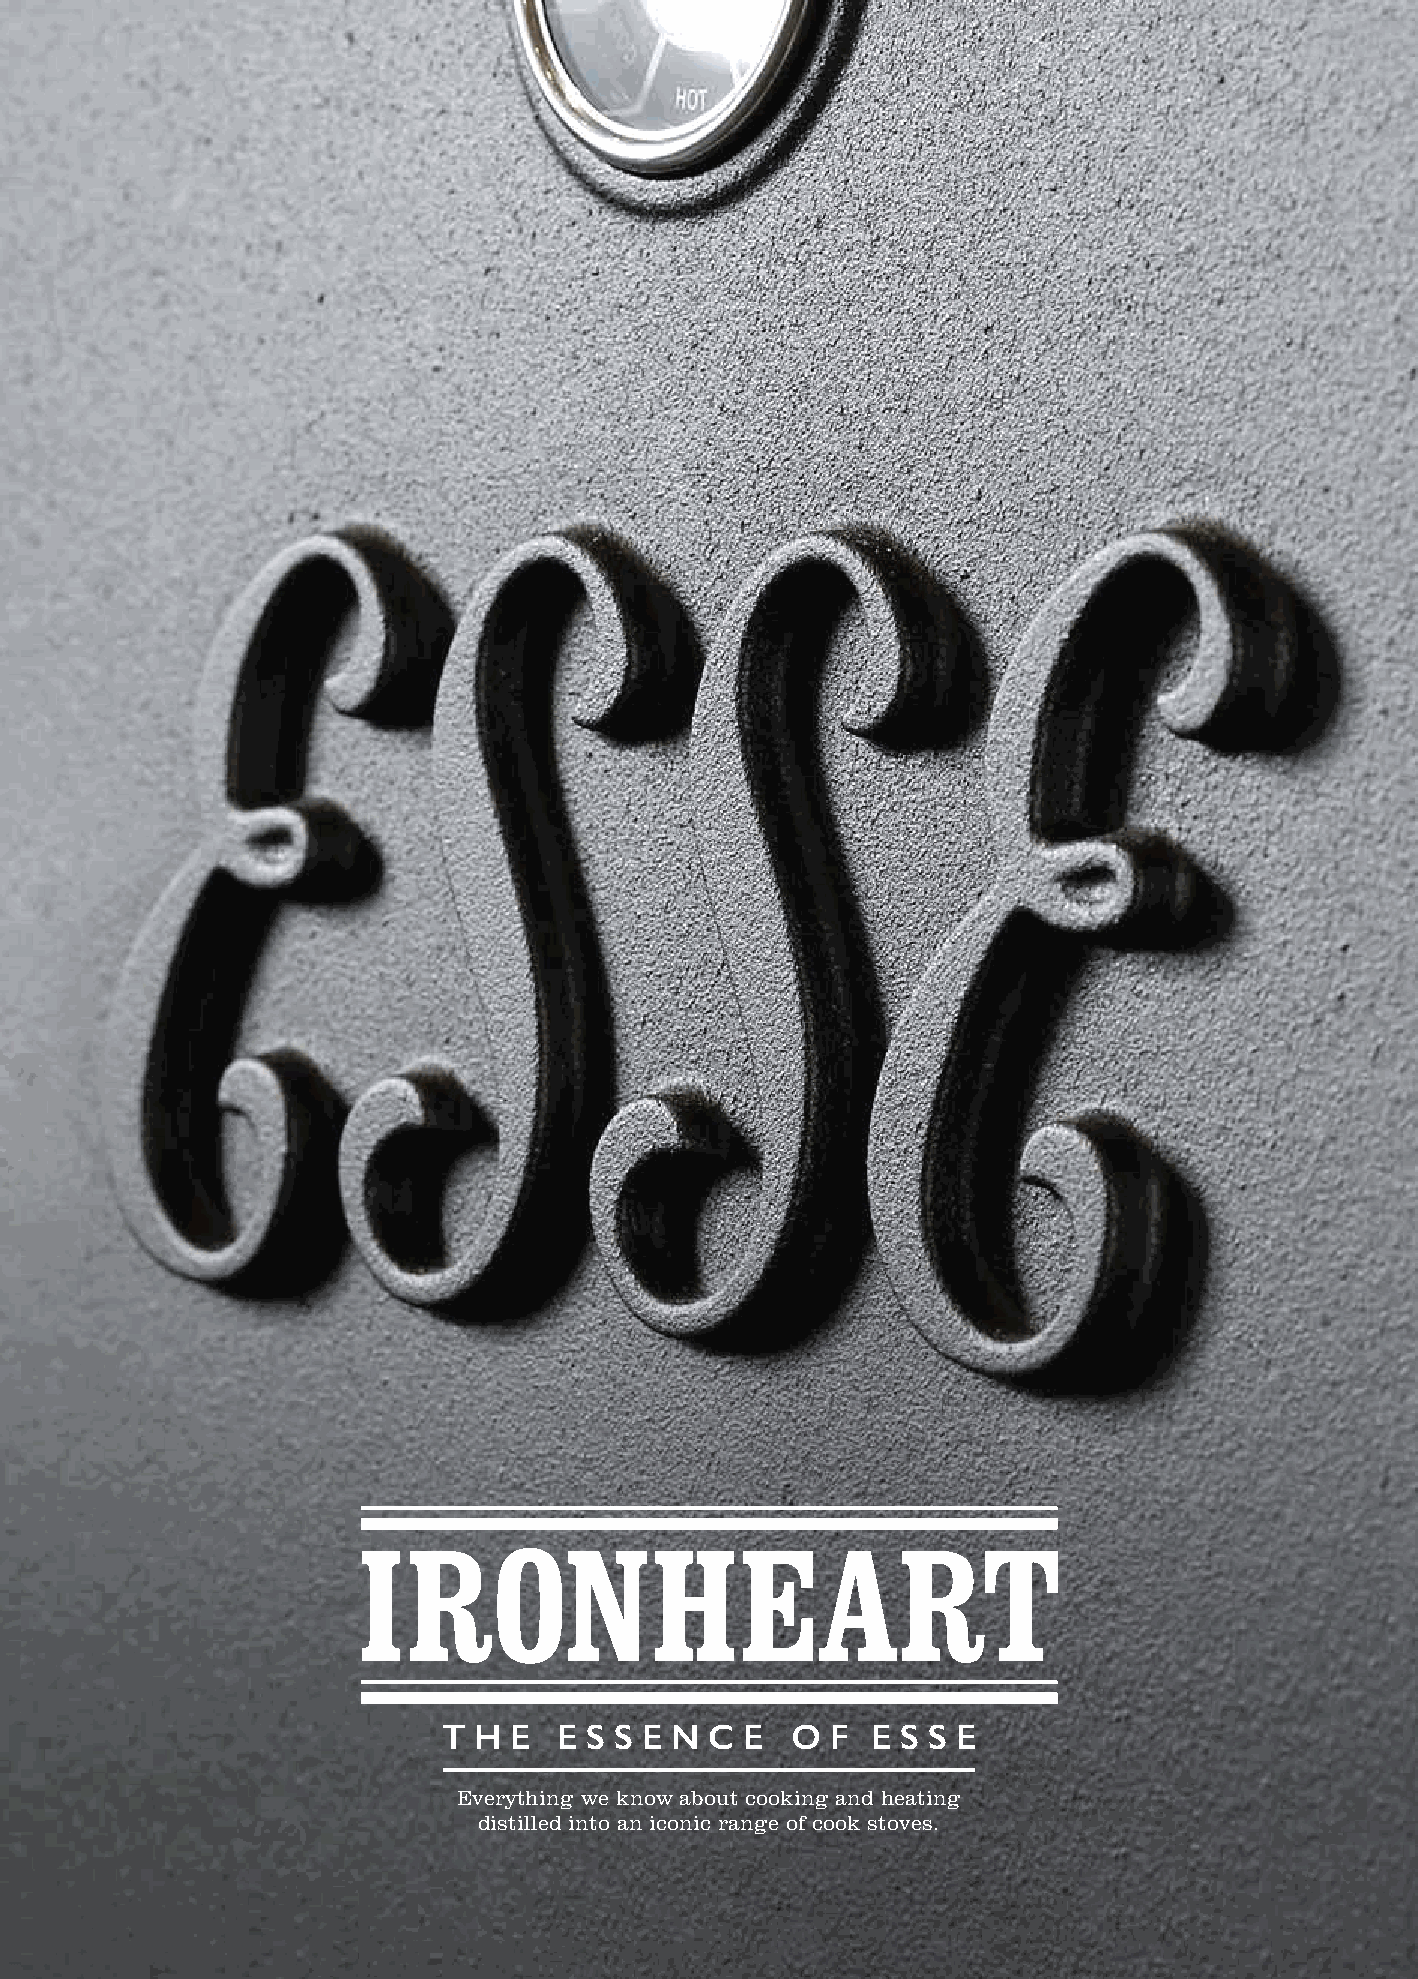
IRONHEART
 T H  E  E S S E N C E  O  F  E S S E
 Everything we know about cooking and heating
 distilled into an iconic range of cook stoves.
 1